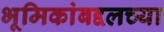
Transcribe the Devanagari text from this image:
भूमिकांबद्दलच्या